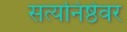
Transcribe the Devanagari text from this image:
सत्यनिष्ठेवर